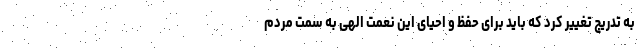
به تدریج تغییر کرد که باید برای حفظ و احیای این نعمت الهی به سمت مردم